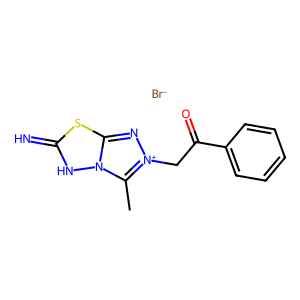
SMILES: Cc1n2[nH]c(=N)sc2n[n+]1CC(=O)c1ccccc1.[Br-]
Inhibits HIV replication: No